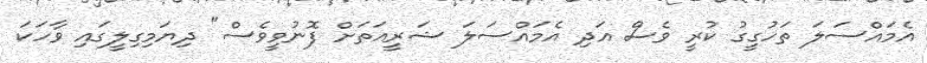
އެމައްސަލަ ތަހުގީގު ކުރީ ވެސް އަދި އެމައްސަލަ ޝަރީއަތަށް ފޮނުވީވެސް" ދިޔަމިގިލީގައި ވާހަކަ